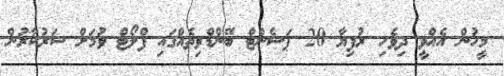
މީހުން އެއްވީ ދިވެހި ރުފިޔާ 20 ޕަސެންޓް ބޭންޑްވިތެއްގައި ފްލޯޓް ވުމަށް ސަރުކާރުން